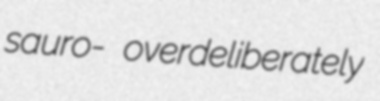
sauro- overdeliberately